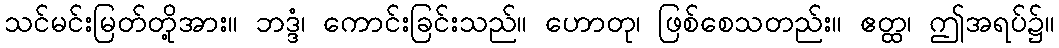
သင်မင်းမြတ်တို့အား။ ဘဒ္ဒံ၊ ကောင်းခြင်းသည်။ ဟောတု၊ ဖြစ်စေသတည်း။ ဧတ္ထ၊ ဤအရပ်၌။